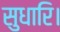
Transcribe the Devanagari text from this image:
सुधारि।